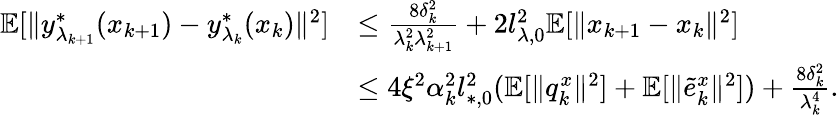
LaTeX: \begin{array}{rl}{\mathbb{E}[\| y_{\lambda_{k+1}}^{*}(x_{k+1})-y_{\lambda_{k}}^{*}(x_{k})\| ^{2}]}&{\le\frac{8\delta_{k}^{2}}{\lambda_{k}^{2}\lambda_{k+1}^{2}}+2l_{\lambda,0}^{2}\mathbb{E}[\| x_{k+1}-x_{k}\| ^{2}]}\\ &{\le 4\xi^{2}\alpha_{k}^{2}l_{*,0}^{2}(\mathbb{E}[\| q_{k}^{x}\| ^{2}]+\mathbb{E}[\| \tilde{e}_{k}^{x}\| ^{2}])+\frac{8\delta_{k}^{2}}{\lambda_{k}^{4}}.}\end{array}